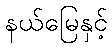
နယ်မြေနှင့်